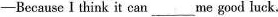
—Because I think it can ___ me good luck.